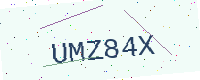
Text: UMZ84X